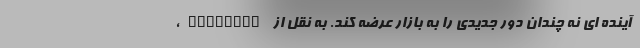
آینده ای نه چندان دور جدیدی را به بازار عرضه کند. به نقل از engadget،